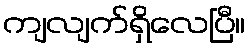
ကျလျက်ရှိလေပြီ။